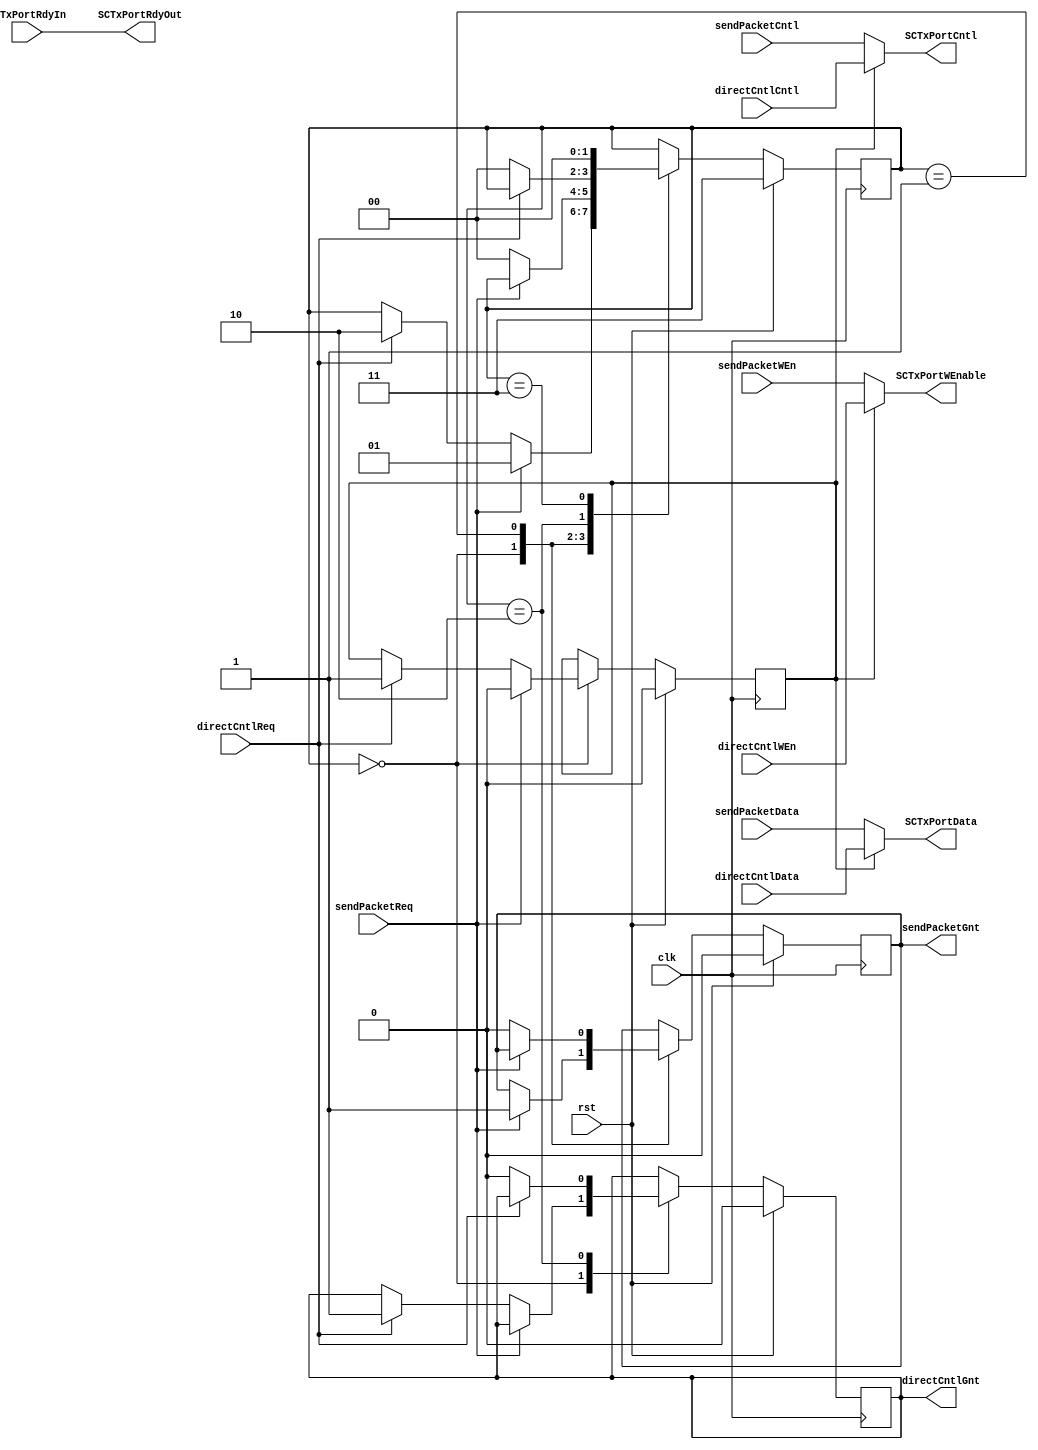
module SCTxPortArbiter (SCTxPortCntl, SCTxPortData, SCTxPortRdyIn, SCTxPortRdyOut, SCTxPortWEnable, clk, directCntlCntl, directCntlData, directCntlGnt, directCntlReq, directCntlWEn, rst, sendPacketCntl, sendPacketData, sendPacketGnt, sendPacketReq, sendPacketWEn);
input   SCTxPortRdyIn;
input   clk;
input   [7:0] directCntlCntl;
input   [7:0] directCntlData;
input   directCntlReq;
input   directCntlWEn;
input   rst;
input   [7:0] sendPacketCntl;
input   [7:0] sendPacketData;
input   sendPacketReq;
input   sendPacketWEn;
output  [7:0] SCTxPortCntl;
output  [7:0] SCTxPortData;
output  SCTxPortRdyOut;
output  SCTxPortWEnable;
output  directCntlGnt;
output  sendPacketGnt;

reg     [7:0] SCTxPortCntl, next_SCTxPortCntl;
reg     [7:0] SCTxPortData, next_SCTxPortData;
wire    SCTxPortRdyIn;
reg     SCTxPortRdyOut, next_SCTxPortRdyOut;
reg     SCTxPortWEnable, next_SCTxPortWEnable;
wire    clk;
wire    [7:0] directCntlCntl;
wire    [7:0] directCntlData;
reg     directCntlGnt, next_directCntlGnt;
wire    directCntlReq;
wire    directCntlWEn;
wire    rst;
wire    [7:0] sendPacketCntl;
wire    [7:0] sendPacketData;
reg     sendPacketGnt, next_sendPacketGnt;
wire    sendPacketReq;
wire    sendPacketWEn;

// diagram signals declarations
reg  muxDCEn, next_muxDCEn;

// BINARY ENCODED state machine: SCTxArb
// State codes definitions:
`define SARB1_WAIT_REQ 2'b00
`define SARB_SEND_PACKET 2'b01
`define SARB_DC 2'b10
`define START_SARB 2'b11

reg [1:0] CurrState_SCTxArb;
reg [1:0] NextState_SCTxArb;

// Diagram actions (continuous assignments allowed only: assign ...)

// SOFController/directContol/sendPacket mux
always @(SCTxPortRdyIn)
begin
    SCTxPortRdyOut <= SCTxPortRdyIn;
end
always @(muxDCEn or
		 		 directCntlWEn or directCntlData or directCntlCntl or
                  directCntlWEn or directCntlData or directCntlCntl or
 		  		 sendPacketWEn or sendPacketData or sendPacketCntl)
begin
if (muxDCEn == 1'b1)
    begin
        SCTxPortWEnable <= directCntlWEn;
        SCTxPortData <= directCntlData;
        SCTxPortCntl <= directCntlCntl;
    end
else
    begin
        SCTxPortWEnable <= sendPacketWEn;
        SCTxPortData <= sendPacketData;
        SCTxPortCntl <= sendPacketCntl;
    end
end

//--------------------------------------------------------------------
// Machine: SCTxArb
//--------------------------------------------------------------------
//----------------------------------
// Next State Logic (combinatorial)
//----------------------------------
always @ (sendPacketReq or directCntlReq or sendPacketGnt or muxDCEn or directCntlGnt or CurrState_SCTxArb)
begin : SCTxArb_NextState
  NextState_SCTxArb <= CurrState_SCTxArb;
  // Set default values for outputs and signals
  next_sendPacketGnt <= sendPacketGnt;
  next_muxDCEn <= muxDCEn;
  next_directCntlGnt <= directCntlGnt;
  case (CurrState_SCTxArb)
    `SARB1_WAIT_REQ:
      if (sendPacketReq == 1'b1)	
      begin
        NextState_SCTxArb <= `SARB_SEND_PACKET;
        next_sendPacketGnt <= 1'b1;
        next_muxDCEn <= 1'b0;
      end
      else if (directCntlReq == 1'b1)	
      begin
        NextState_SCTxArb <= `SARB_DC;
        next_directCntlGnt <= 1'b1;
        next_muxDCEn <= 1'b1;
      end
    `SARB_SEND_PACKET:
      if (sendPacketReq == 1'b0)	
      begin
        NextState_SCTxArb <= `SARB1_WAIT_REQ;
        next_sendPacketGnt <= 1'b0;
      end
    `SARB_DC:
      if (directCntlReq == 1'b0)	
      begin
        NextState_SCTxArb <= `SARB1_WAIT_REQ;
        next_directCntlGnt <= 1'b0;
      end
    `START_SARB:
      NextState_SCTxArb <= `SARB1_WAIT_REQ;
  endcase
end

//----------------------------------
// Current State Logic (sequential)
//----------------------------------
always @ (posedge clk)
begin : SCTxArb_CurrentState
  if (rst)	
    CurrState_SCTxArb <= `START_SARB;
  else
    CurrState_SCTxArb <= NextState_SCTxArb;
end

//----------------------------------
// Registered outputs logic
//----------------------------------
always @ (posedge clk)
begin : SCTxArb_RegOutput
  if (rst)	
  begin
    muxDCEn <= 1'b0;
    sendPacketGnt <= 1'b0;
    directCntlGnt <= 1'b0;
  end
  else 
  begin
    muxDCEn <= next_muxDCEn;
    sendPacketGnt <= next_sendPacketGnt;
    directCntlGnt <= next_directCntlGnt;
  end
end

endmodule